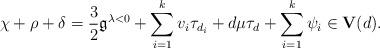
LaTeX: \begin{align*}\chi+\rho+\delta=\frac{3}{2}\mathfrak{g}^{\lambda<0}+\sum_{i=1}^k v_i\tau_{d_i}+d\mu \tau_d+\sum_{i=1}^k \psi_i\in \textbf{V}(d).\end{align*}